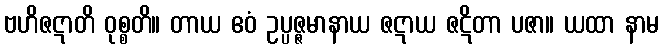
ဗဟိဇဋာတိ ဝုစ္စတိ။ တာယ ဧဝံ ဥပ္ပဇ္ဇမာနာယ ဇဋာယ ဇဋိတာ ပဇာ။ ယထာ နာမ